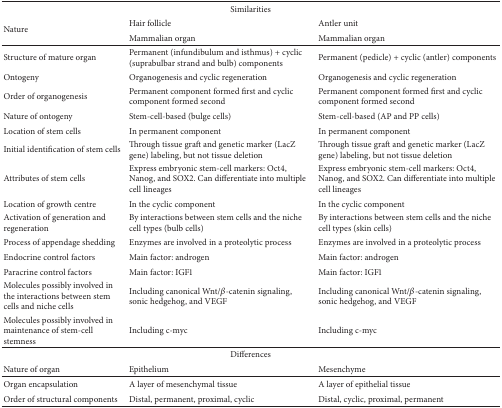
| <COLSPAN=3> Similarities |
 | <ROWSPAN=2> Nature | Hair follicle | Antler unit |
 | Mammalian organ | Mammalian organ |
 | --- | --- | --- |
 | Structure of mature organ | Permanent (infundibulum and isthmus) + cyclic (suprabulbar strand and bulb) components | Permanent (pedicle) + cyclic (antler) components |
 | Ontogeny | Organogenesis and cyclic regeneration | Organogenesis and cyclic regeneration |
 | Order of organogenesis | Permanent component formed first and cyclic component formed second | Permanent component formed first and cyclic component formed second |
 | Nature of ontogeny | Stem-cell-based (bulge cells) | Stem-cell-based (AP and PP cells) |
 | Location of stem cells | In permanent component | In permanent component |
 | Initial identification of stem cells | Through tissue graft and genetic marker (LacZ gene) labeling, but not tissue deletion | Through tissue graft and genetic marker (LacZ gene) labeling, but not tissue deletion |
 | Attributes of stem cells | Express embryonic stem-cell markers: Oct4, Nanog, and SOX2. Can differentiate into multiple cell lineages | Express embryonic stem-cell markers: Oct4, Nanog, and SOX2. Can differentiate into multiple cell lineages |
 | Location of growth centre | In the cyclic component | In the cyclic component |
 | Activation of generation and regeneration | By interactions between stem cells and the niche cell types (bulb cells) | By interactions between stem cells and the niche cell types (skin cells) |
 | Process of appendage shedding | Enzymes are involved in a proteolytic process | Enzymes are involved in a proteolytic process |
 | Endocrine control factors | Main factor: androgen | Main factor: androgen |
 | Paracrine control factors | Main factor: IGF1 | Main factor: IGF1 |
 | Molecules possibly involved in the interactions between stem cells and niche cells | Including canonical Wnt/β-catenin signaling, sonic hedgehog, and VEGF | Including canonical Wnt/β-catenin signaling, sonic hedgehog, and VEGF |
 | Molecules possibly involved in maintenance of stem-cell stemness | Including c-myc | Including c-myc |
 | <COLSPAN=3> Differences |
 | Nature of organ | Epithelium | Mesenchyme |
 | Organ encapsulation | A layer of mesenchymal tissue | A layer of epithelial tissue |
 | Order of structural components | Distal, permanent, proximal, cyclic | Distal, cyclic, proximal, permanent |